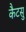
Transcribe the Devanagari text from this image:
कैटसु